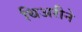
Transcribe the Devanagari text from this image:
थिअरीने